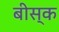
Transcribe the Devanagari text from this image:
बीस्क